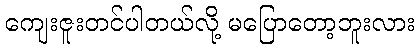
ကျေးဇူးတင်ပါတယ်လို့ မပြောတော့ဘူးလား